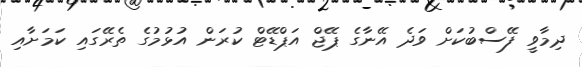
ދިމާވީ ފޭސްބުކަށް ވަދެ އޭނާގެ ޕޭޖް އަޕްޑޭޓް ކުރަން އުޅުމުގެ ތެރޭގައި ކަމަށާއި